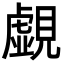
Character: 覷